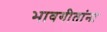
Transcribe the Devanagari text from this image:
भावगीतांना